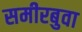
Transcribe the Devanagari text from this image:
समीरबुवा